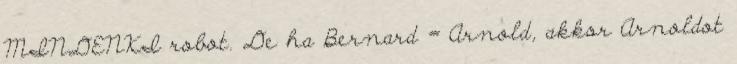
MINDENKI robot. De ha Bernard = Arnold, akkor Arnoldot